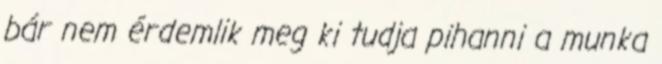
bár nem érdemlik meg ki tudja pihanni a munka